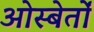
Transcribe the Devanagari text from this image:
ओस्बेर्तों